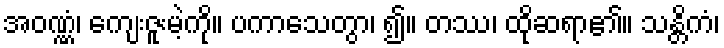
အဝဏ္ဏံ၊ ကျေးဇူးမဲ့ကို။ ပကာသေတွာ၊ ၍။ တဿ၊ ထိုဆရာ၏။ သန္တိကံ၊